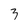
Character: 3